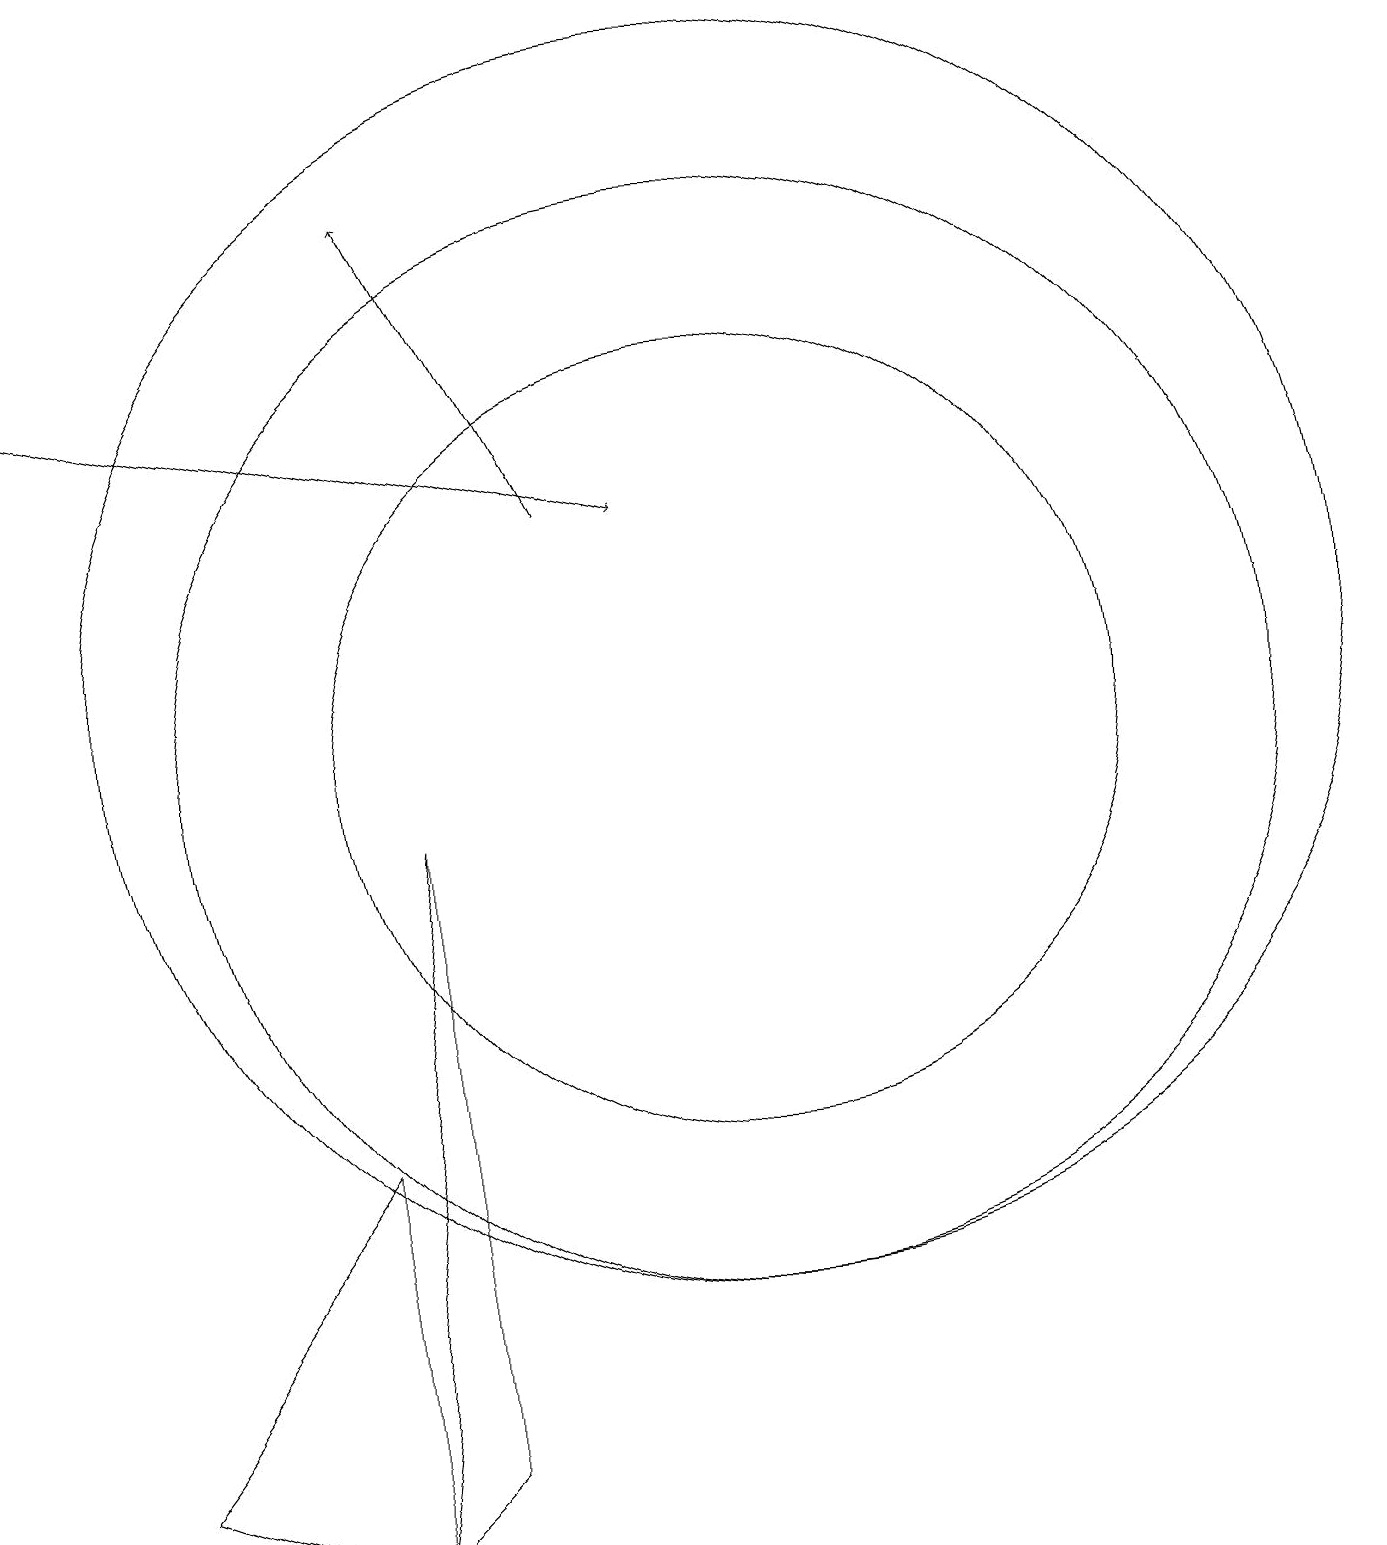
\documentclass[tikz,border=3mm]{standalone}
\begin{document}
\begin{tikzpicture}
\draw (10,11) circle (8);
\draw (6,1) -- (6,9) -- (5,0) -- cycle;
\draw[->] (1,15) -- (9,13);
\draw[->] (8,13) -- (6,17);
\draw (10,10) circle (5);
\draw (10,10) circle (7);
\draw (2,1) -- (5,0) -- (5,5) -- cycle;
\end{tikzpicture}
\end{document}